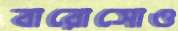
বারোসোও